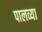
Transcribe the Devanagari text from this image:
पालव्या